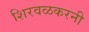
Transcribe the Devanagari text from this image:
शिरवळकरनी